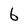
Character: 6